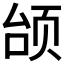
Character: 𫖭